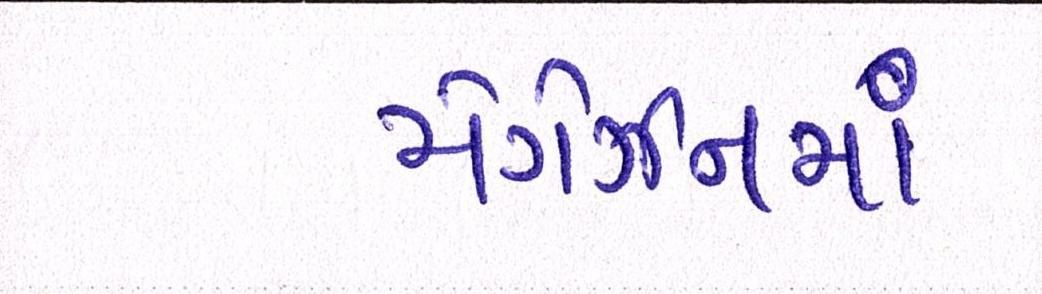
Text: મેગેઝીનમાં